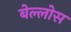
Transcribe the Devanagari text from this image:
बेल्लोस